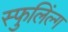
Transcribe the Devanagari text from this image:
स्फुलिंल्ग